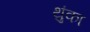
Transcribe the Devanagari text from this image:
थुंका